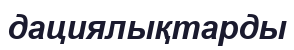
дациялықтарды